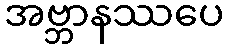
အဗ္ဘာနဿပေ